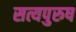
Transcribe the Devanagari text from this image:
सत्यपुरुष